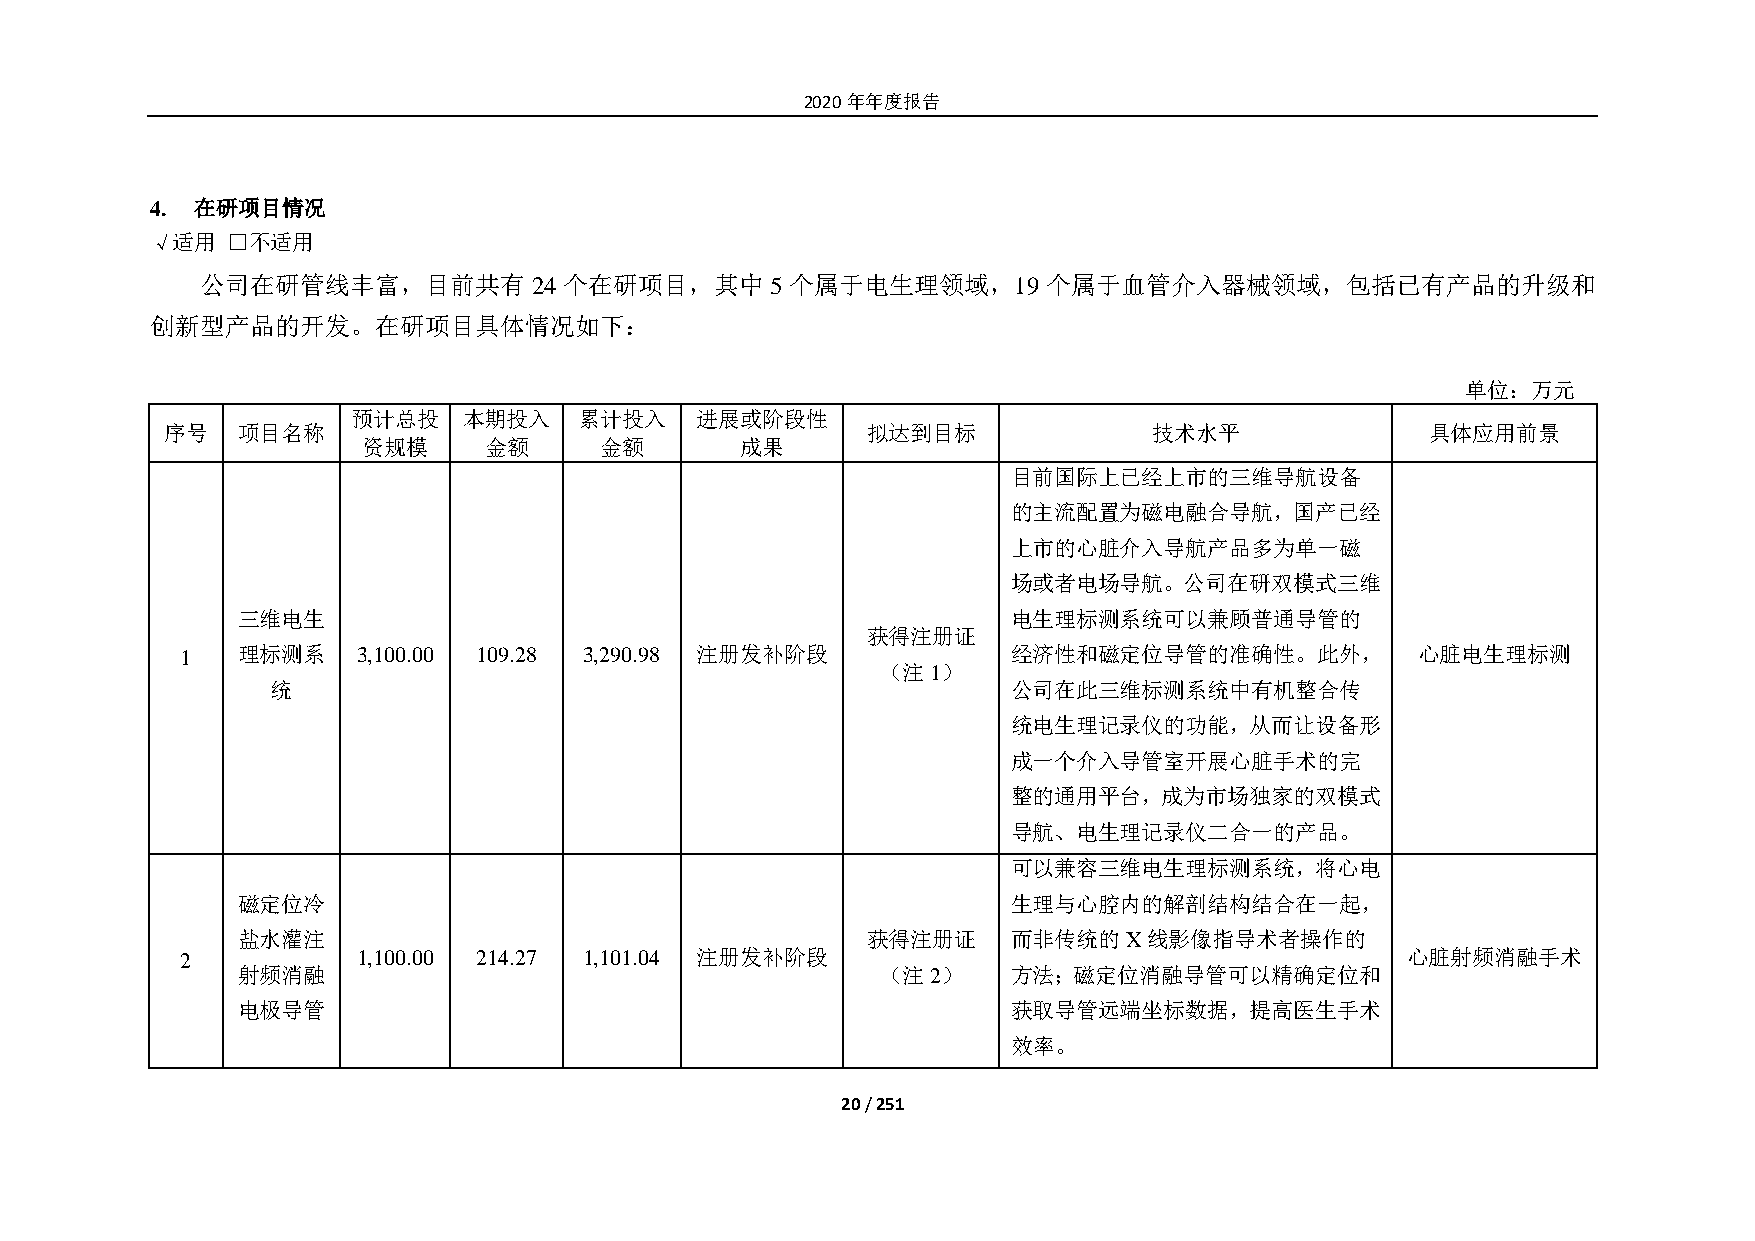
2020年年度报告
 4. 在研项目情况
 √适用  □不适用
 公司在研管线丰富，目前共有         24 个在研项目，其中     5 个属于电生理领域，19     个属于血管介入器械领域，包括已有产品的升级和
 创新型产品的开发。在研项目具体情况如下：
 单位：万元
 预计总投    本期投入   累计投入    进展或阶段性
 序号   项目名称                                     拟达到目标              技术水平               具体应用前景
 资规模     金额      金额       成果
 目前国际上已经上市的三维导航设备
 的主流配置为磁电融合导航，国产已经
 上市的心脏介入导航产品多为单一磁
 场或者电场导航。公司在研双模式三维
 三维电生                                               电生理标测系统可以兼顾普通导管的
 获得注册证
 1   理标测系    3,100.00 109.28 3,290.98 注册发补阶段            经济性和磁定位导管的准确性。此外，          心脏电生理标测
 （注1）
 统                                                公司在此三维标测系统中有机整合传
 统电生理记录仪的功能，从而让设备形
 成一个介入导管室开展心脏手术的完
 整的通用平台，成为市场独家的双模式
 导航、电生理记录仪二合一的产品。
 可以兼容三维电生理标测系统，将心电
 磁定位冷                                               生理与心腔内的解剖结构结合在一起，
 盐水灌注                                     获得注册证     而非传统的X线影像指导术者操作的
 2           1,100.00 214.27 1,101.04 注册发补阶段                                      心脏射频消融手术
 射频消融                                      （注2）     方法；磁定位消融导管可以精确定位和
 电极导管                                               获取导管远端坐标数据，提高医生手术
 效率。
 20 / 251